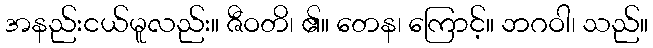
အနည်းငယ်မူလည်း။ ဇီဝတိ၊ ၏။ တေန၊ ကြောင့်။ ဘဂဝါ၊ သည်။